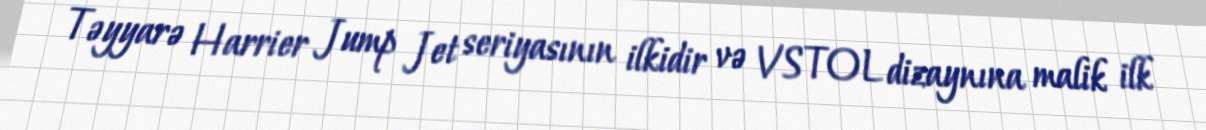
Təyyarə Harrier Jump Jet seriyasının ilkidir və VSTOL dizaynına malik ilk